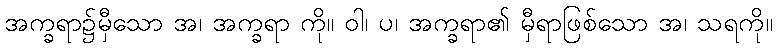
အက္ခရာ၌မှီသော အ၊ အက္ခရာ ကို။ ဝါ၊ ပ၊ အက္ခရာ၏ မှီရာဖြစ်သော အ၊ သရကို။